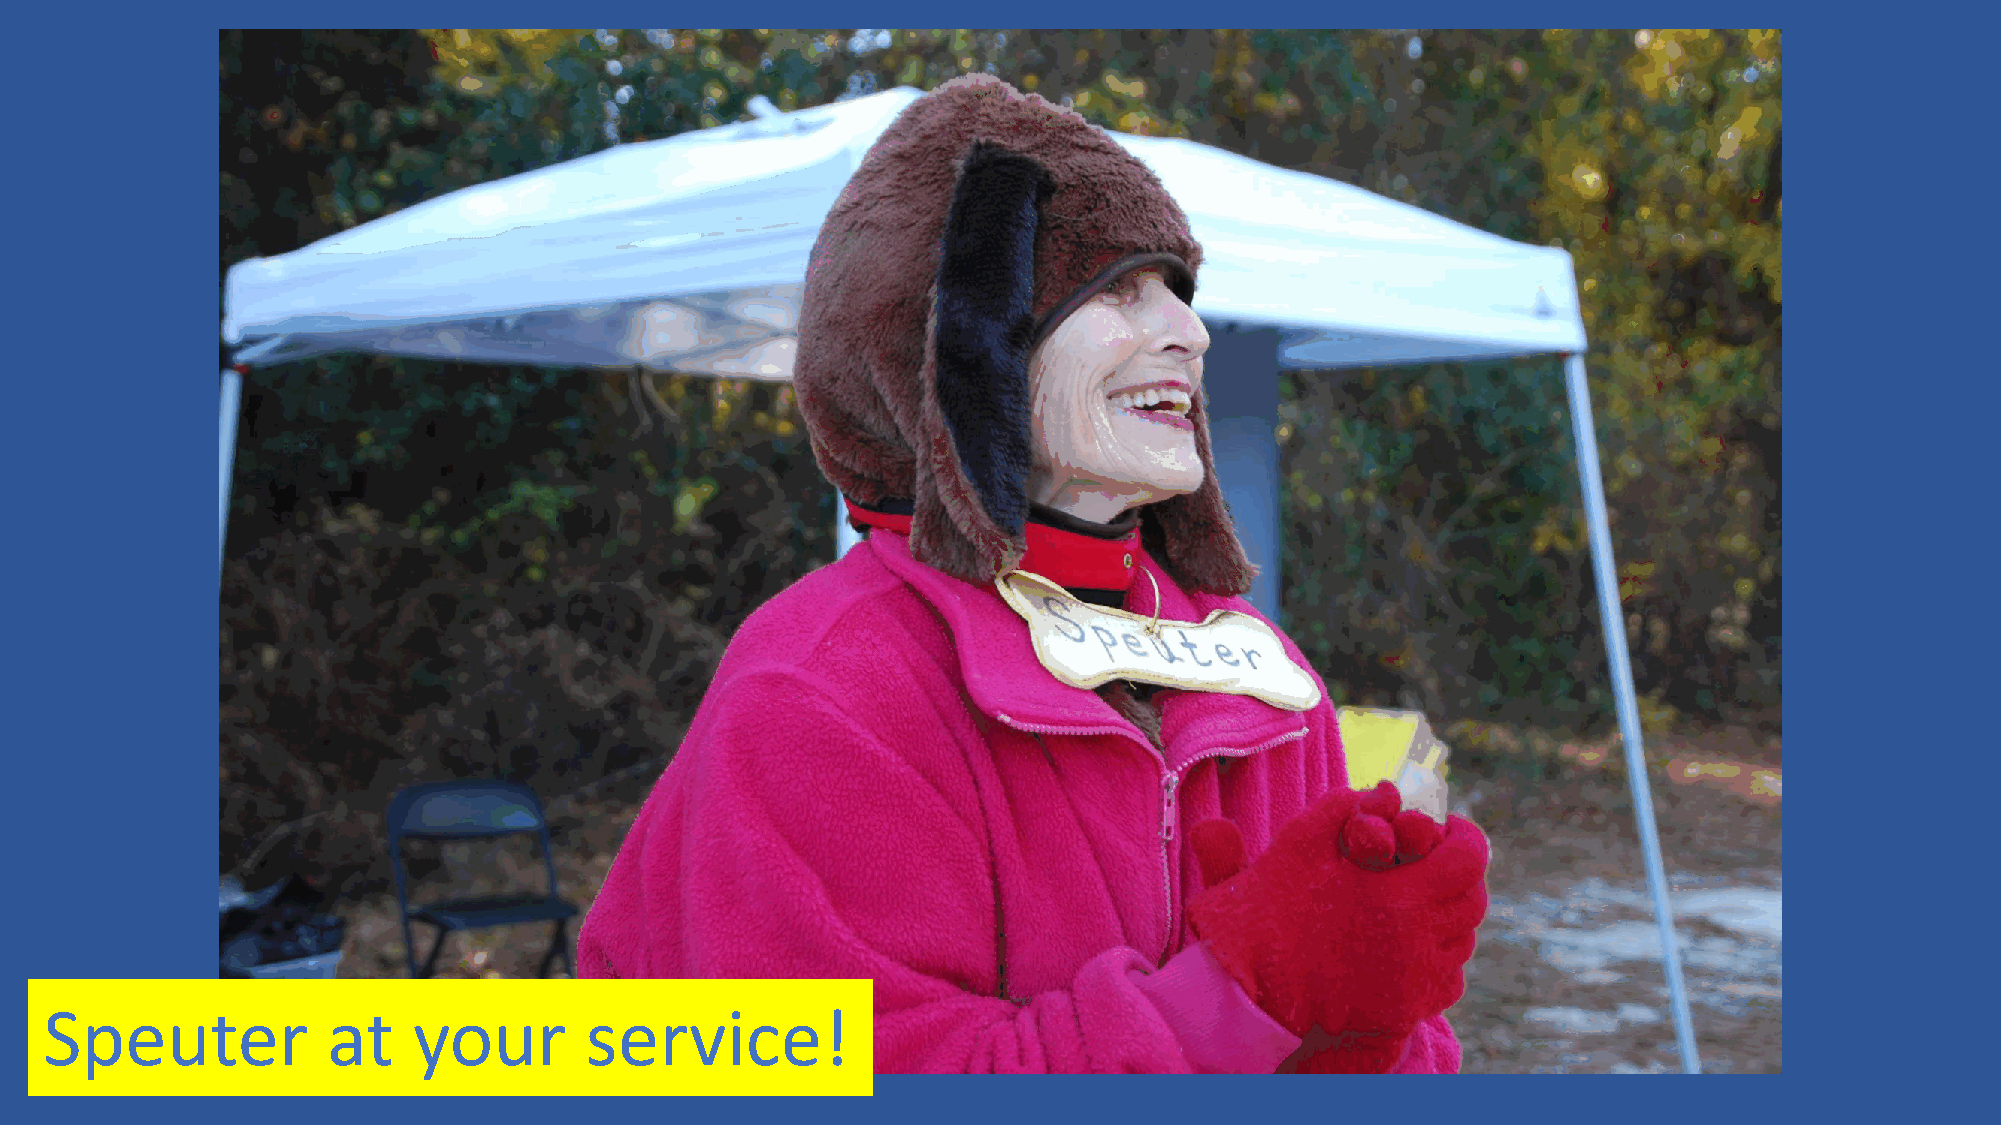
Speuter            at   your        service!